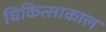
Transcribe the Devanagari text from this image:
चिकित्साकाल